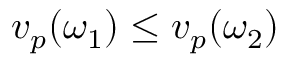
v _ { p } ( \omega _ { 1 } ) \leq v _ { p } ( \omega _ { 2 } )